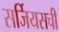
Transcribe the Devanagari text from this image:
सर्जियसची